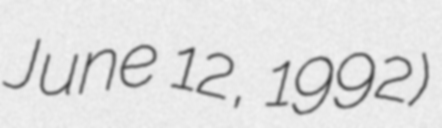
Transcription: June 12, 1992)